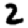
Digit: 2